Lunatic asylums United Prov. 1922-30 - 1922-1930
Year: 1922
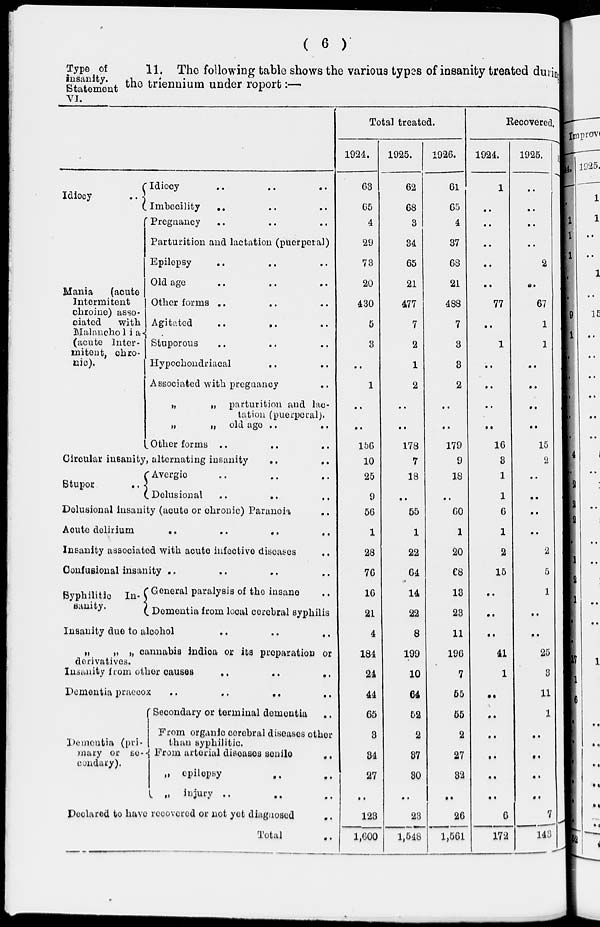
( 6 )
Type of
insanity.
Statement
VI.
11. The following table shows the various types of insanity treated during
the triennium under report:—
Idiocy
..
Mania
(acute
Intermitent
chroine) asso-
ciated
with
Malancholia
(acute Inter-
mitent. chro-
nic).
Idiocy
..
..
..
Imbecility .. .. ..
Pregnancy .. .. ..
Parturition and lactation (puerperal)
Epilepsy .. .. ..
Old age .. .. ..
Other forms .. .. ..
Agitated
..
.. ..
Stuporous .. .. ..
Hypochondriacal .. ..
Associated with pregnancy ..
„
„ parturition and lac-
tation (puerperal).
„
„
old ago .. ..
Other forms .. .. ..
Circular insanity, alternating insanity .. ..
Stupor
Avergie .. .. ..
Delusional .. .. ..
Delusional insanity (acute or chronic) Paranoia
..
Acute delirium .. .. .. ..
Insanity associated with acute infective diseases ..
Confusional insanity .. .. .. ..
Syphilitic In-
sanity.
General paralysis of the insane ..
Dementia from local cerebral syphilis
Insanity due to alcohol .. .. ..
„ „ „ cannabis indica or its preparation or
derivatives.
Insanity from other causes
..
.. ..
Dementia praecox
..
..
.. ..
Dementia (pri-
mary or se-
condary).
Secondary or terminal dementia ..
From organic cerebral diseases other
than syphilitic
From arterial diseases senile ..
„ epilepsy .. ..
„ injury .. .. ..
Declared to have recovered or not yet diagnosed ..
Total ..
Total treated.
1924.
63
65
4
29
73
20
430
5
3
..
1
..
..
156
10
25
9
56
1
28
76
16
21
4
184
24
44
65
3
34
27
..
123
1,600
1925.
62
68
3
34
65
21
477
7
2
1
2
..
..
178
7
18
..
55
1
22
64
14
22
8
199
10
64
52
2
37
30
..
23
1,548
1926.
61
65
4
37
68
21
488
7
3
3
2
..
..
179
9
18
..
60
1
20
68
13
23
11
196
7
55
55
2
27
32
..
26
1,561
Recovered.
1924.
1
..
..
..
..
..
77
..
1
..
..
..
..
16
3
1
1
6
1
2
15
..
..
..
41
1
..
..
..
..
..
..
6
172
1925.
..
..
..
..
2
..
67
1
1
..
..
..
..
15
2
..
..
..
..
2
5
1
..
..
25
3
11
1
..
..
..
..
7
143
1